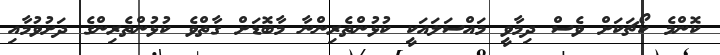
ކޮންމެ ކޯޗަކަށް ވެސް ދިމާވީ މައްސަލައަކީ ކުޅުންތެރިންނާ މާބޮޑަށް ގާތްވެ ކުޅުންތެރިންގެ ދަށުވުމާއި